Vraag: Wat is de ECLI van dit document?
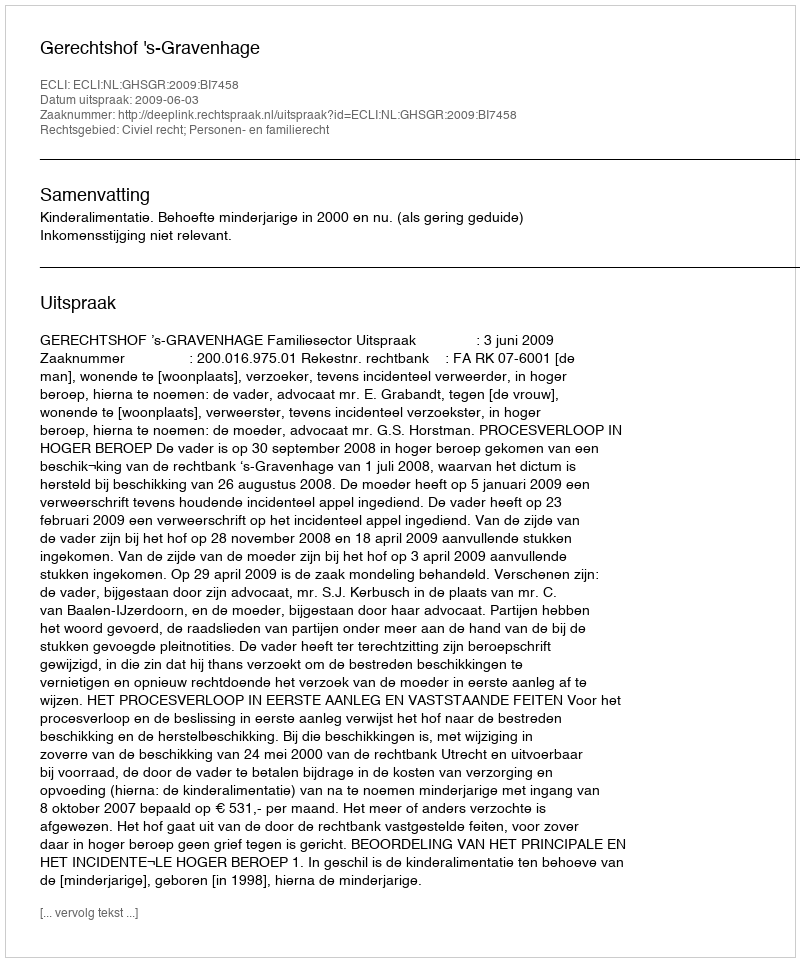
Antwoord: ECLI:NL:GHSGR:2009:BI7458